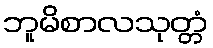
ဘူမိစာလသုတ္တံ